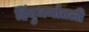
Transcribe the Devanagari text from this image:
हिंदुधर्मातली